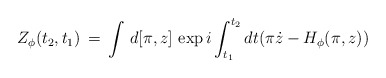
\begin{align*}Z_{\phi}(t_2,t_1)\,=\,\int\,d[\pi,z]\,\exp i\int_{t_1}^{t_2}dt(\pi\dot{z}-H_{\phi}(\pi,z))\end{align*}